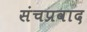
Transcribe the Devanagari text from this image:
संचप्रवाद